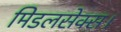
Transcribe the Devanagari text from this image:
मिडलसेक्स।